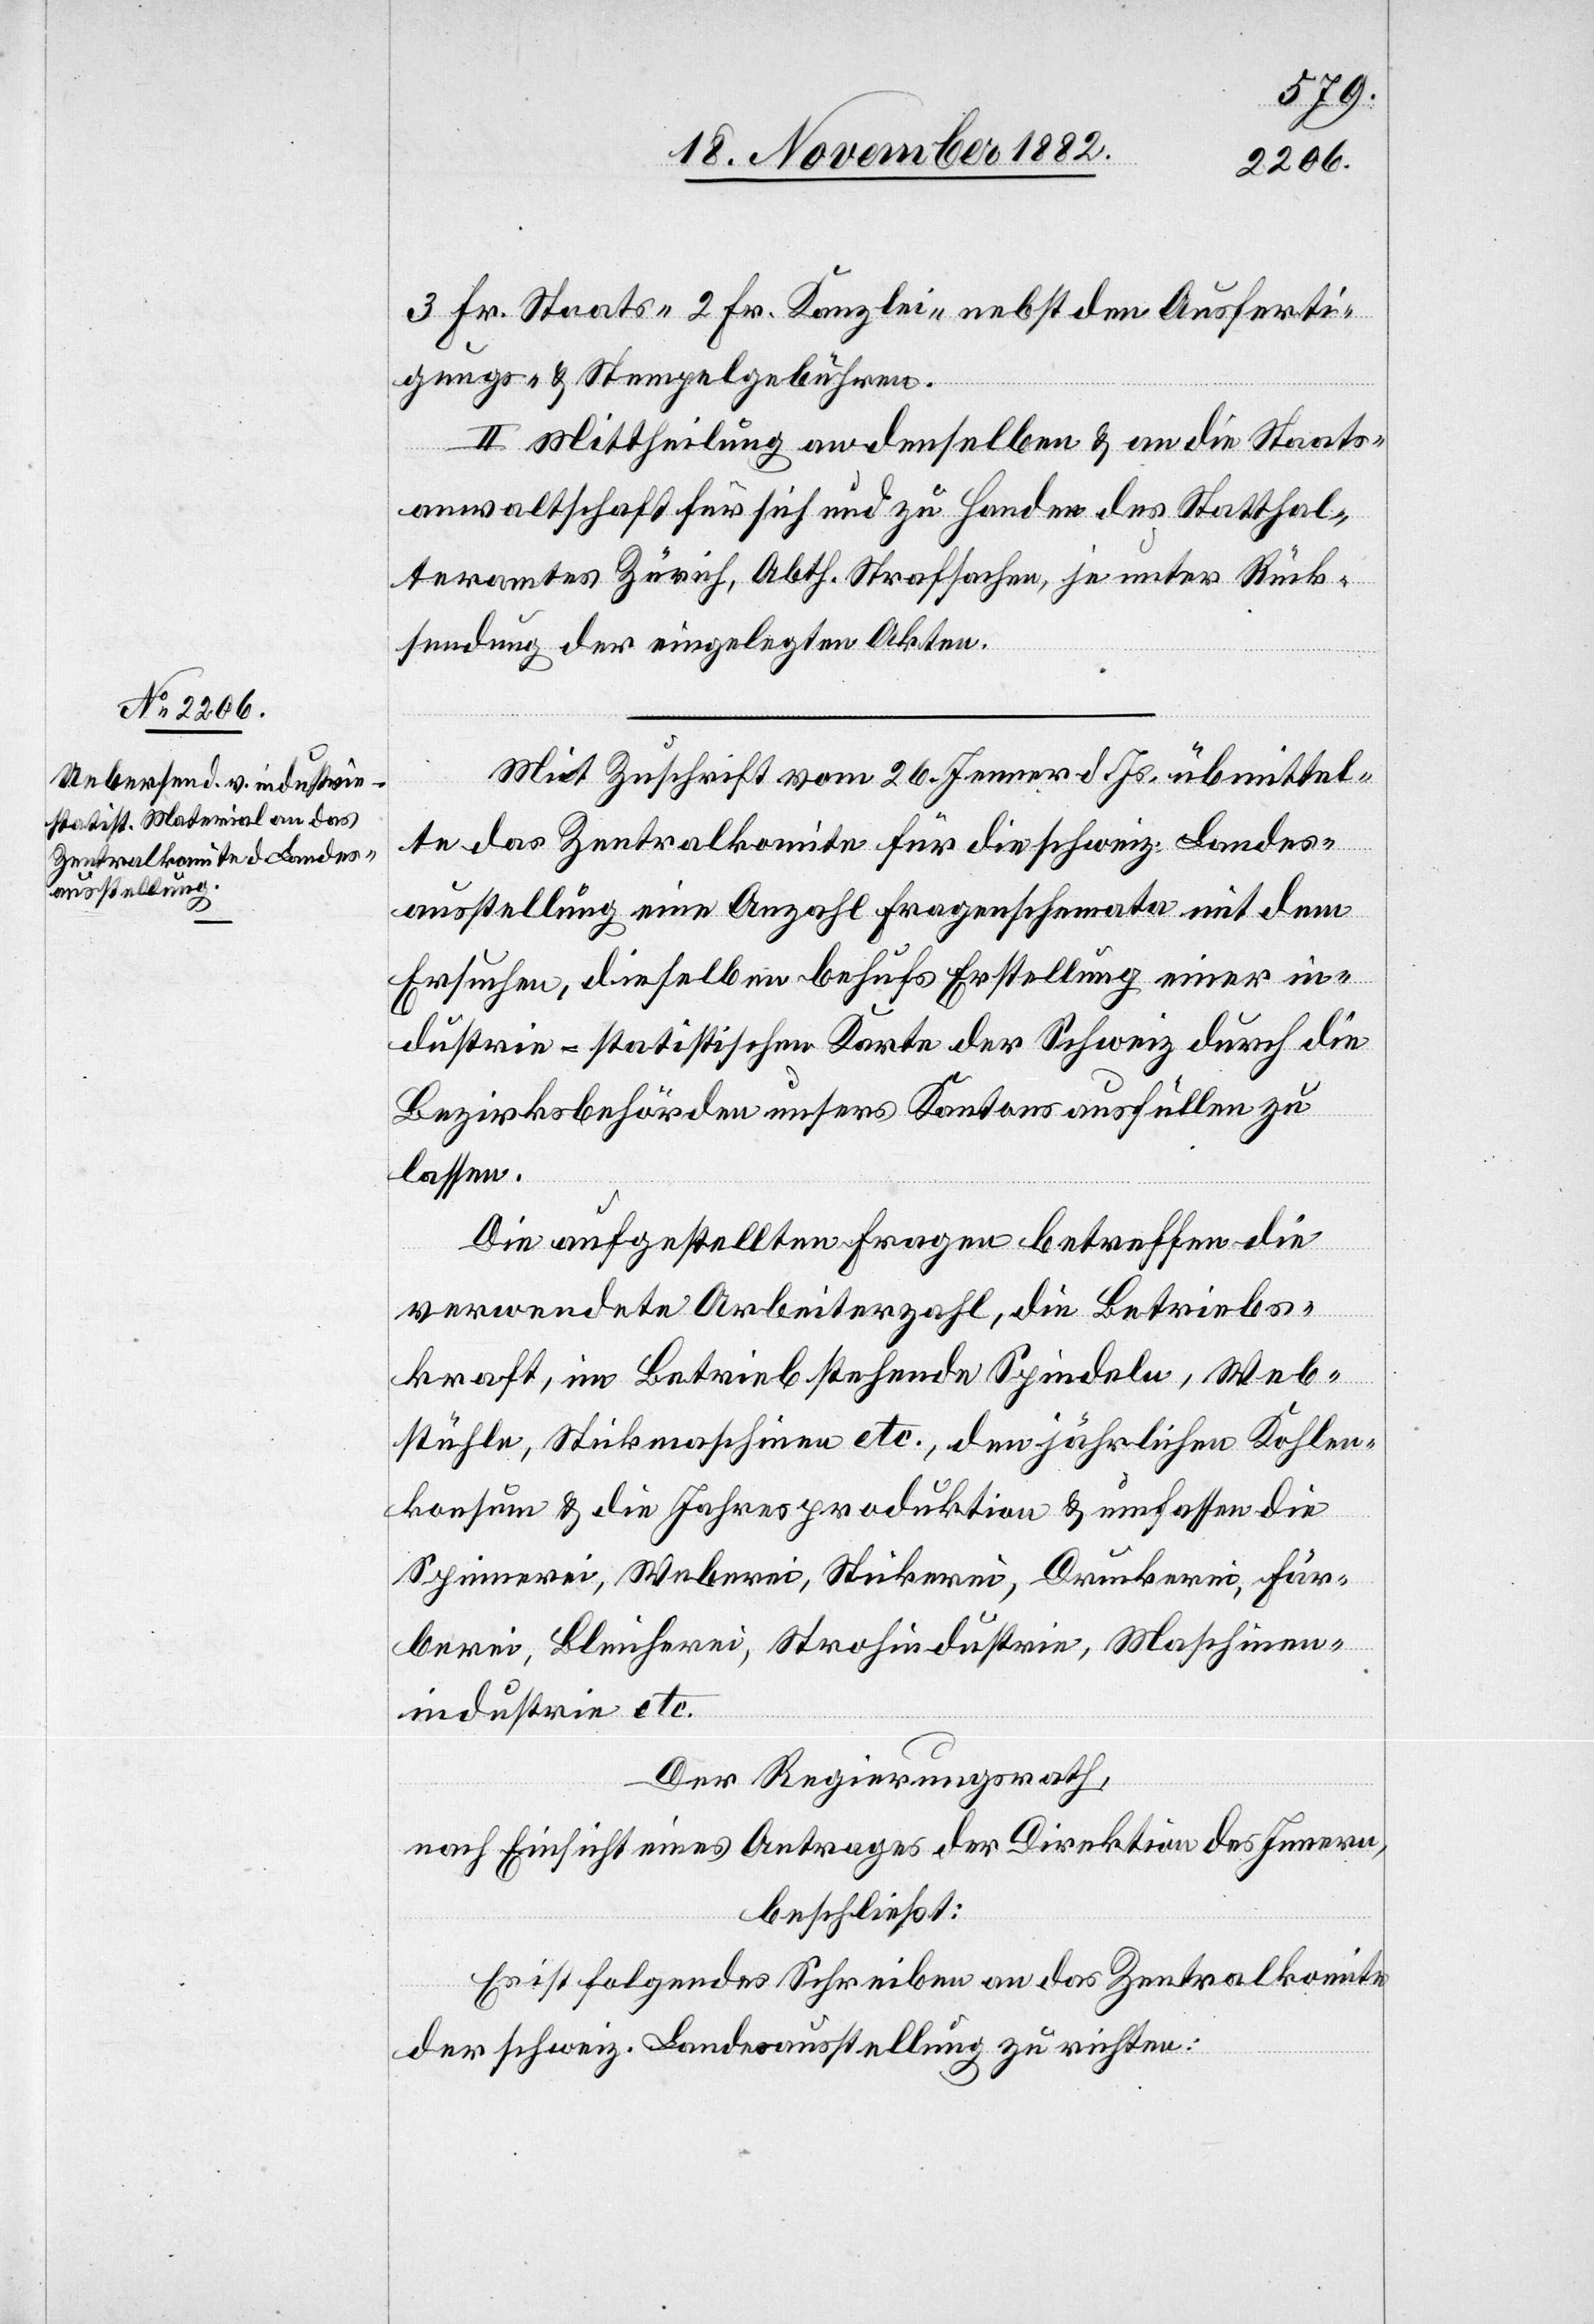
3 Fr. Staats- 2 Fr. Kanzlei- nebst den Ausferti¬
gungs- & Stempelgebühren.
Mittheilung an denselben & an die Staats¬
anwaltschaft für sich und zu Handen des Statthal¬
teramtes Zürich, Abth. Strafsachen, je unter Rück¬
sendung der eingelegten Akten.
Mit Zuschrift vom 26. Jenner d. Js. übermittel¬
te das Zentralkomite für die schweiz. Landes¬
ausstellung eine Anzahl Fragenschemata mit dem
Ersuchen, dieselben behufs Erstellung einer in¬
dustrie-statistischen Karte der Schweiz durch die
Bezirksbehörden unseres Kantons ausfüllen zu
lassen.
Die aufgestellten Fragen betreffend die
verwendete Arbeiterzahl, die Betriebs¬
kraft, im Betrieb stehende Spindeln, Web¬
stühle, Stickmaschinen etc., den jährlichen Kohlen¬
konsum & die Jahresproduktion & umfassen die
Spinnerei, Weberei, Stickerei, Druckerei, Fär¬
berei, Bleicherei, Strohindustrie, Maschinen¬
industrie etc.
Der Regierungsrath,
nach Einsicht eines Antrages der Direktion des Innern,
beschließt:
Es ist folgendes Schreiben an das Zentralkomite
der schweiz. Landesausstellung zu richten: